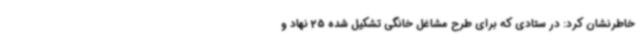
خاطرنشان کرد: در ستادی که برای طرح مشاغل خانگی تشکیل شده 25 نهاد و